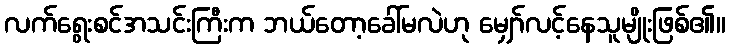
လက်ရွေးစင်အသင်းကြီးက ဘယ်တော့ခေါ်မလဲဟု မျှော်လင့်နေသူမျိုးဖြစ်၏။